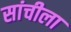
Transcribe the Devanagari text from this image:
सांचीला